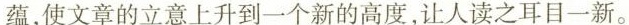
蕴，使文章的立意上升到一个新的高度，让人读之耳目一新。